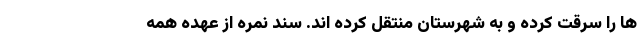
ها را سرقت کرده و به شهرستان منتقل کرده اند. سند نمره از عهده همه